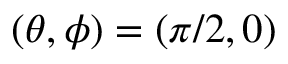
( \theta , \phi ) = ( \pi / 2 , 0 )